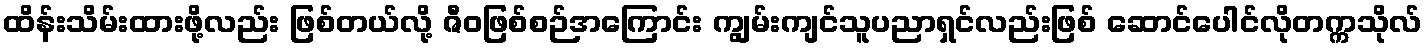
ထိန်းသိမ်းထားဖို့လည်း ဖြစ်တယ်လို့ ဇီဝဖြစ်စဉ်အကြောင်း ကျွမ်းကျင်သူပညာရှင်လည်းဖြစ် ဆောင်ပေါင်လိုတက္ကသိုလ်